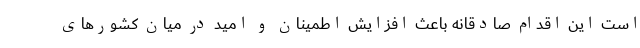
است این اقدام صادقانه باعث افزایش اطمینان و امید در میان کشور‌های